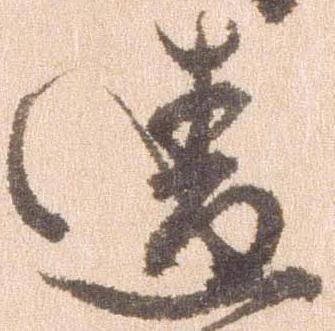
違